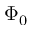
\Phi _ { 0 }